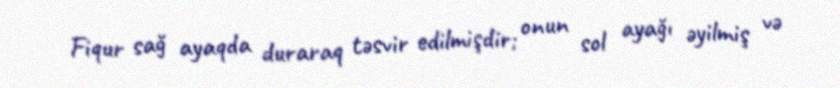
Fiqur sağ ayaqda duraraq təsvir edilmişdir; onun sol ayağı əyilmiş və